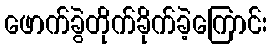
ဖောက်ခွဲတိုက်ခိုက်ခဲ့ကြောင်း